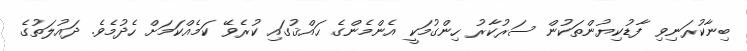
ބިނާކުރަނިވި ފާޑުކިޔުންތަކުން ސަރުކާރު ހިންގުމަކީ އެންމެންގެ ޙައްޤުގައި ކުރެވޭ ކަމެއްކަމަށް ހެދުމެވެ. ދައުލަތުގެ